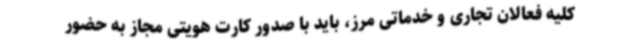
کلیه فعالان تجاری و خدماتی مرز، باید با صدور کارت هویتی مجاز به حضور